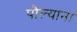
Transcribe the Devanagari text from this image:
पौल्याना